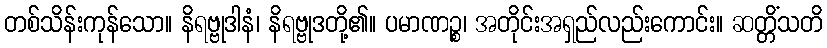
တစ်သိန်းကုန်သော။ နိရဗ္ဗုဒါနံ၊ နိရဗ္ဗုဒတို့၏။ ပမာဏဉ္စ၊ အတိုင်းအရှည်လည်းကောင်း။ ဆတ္တိံသတိ